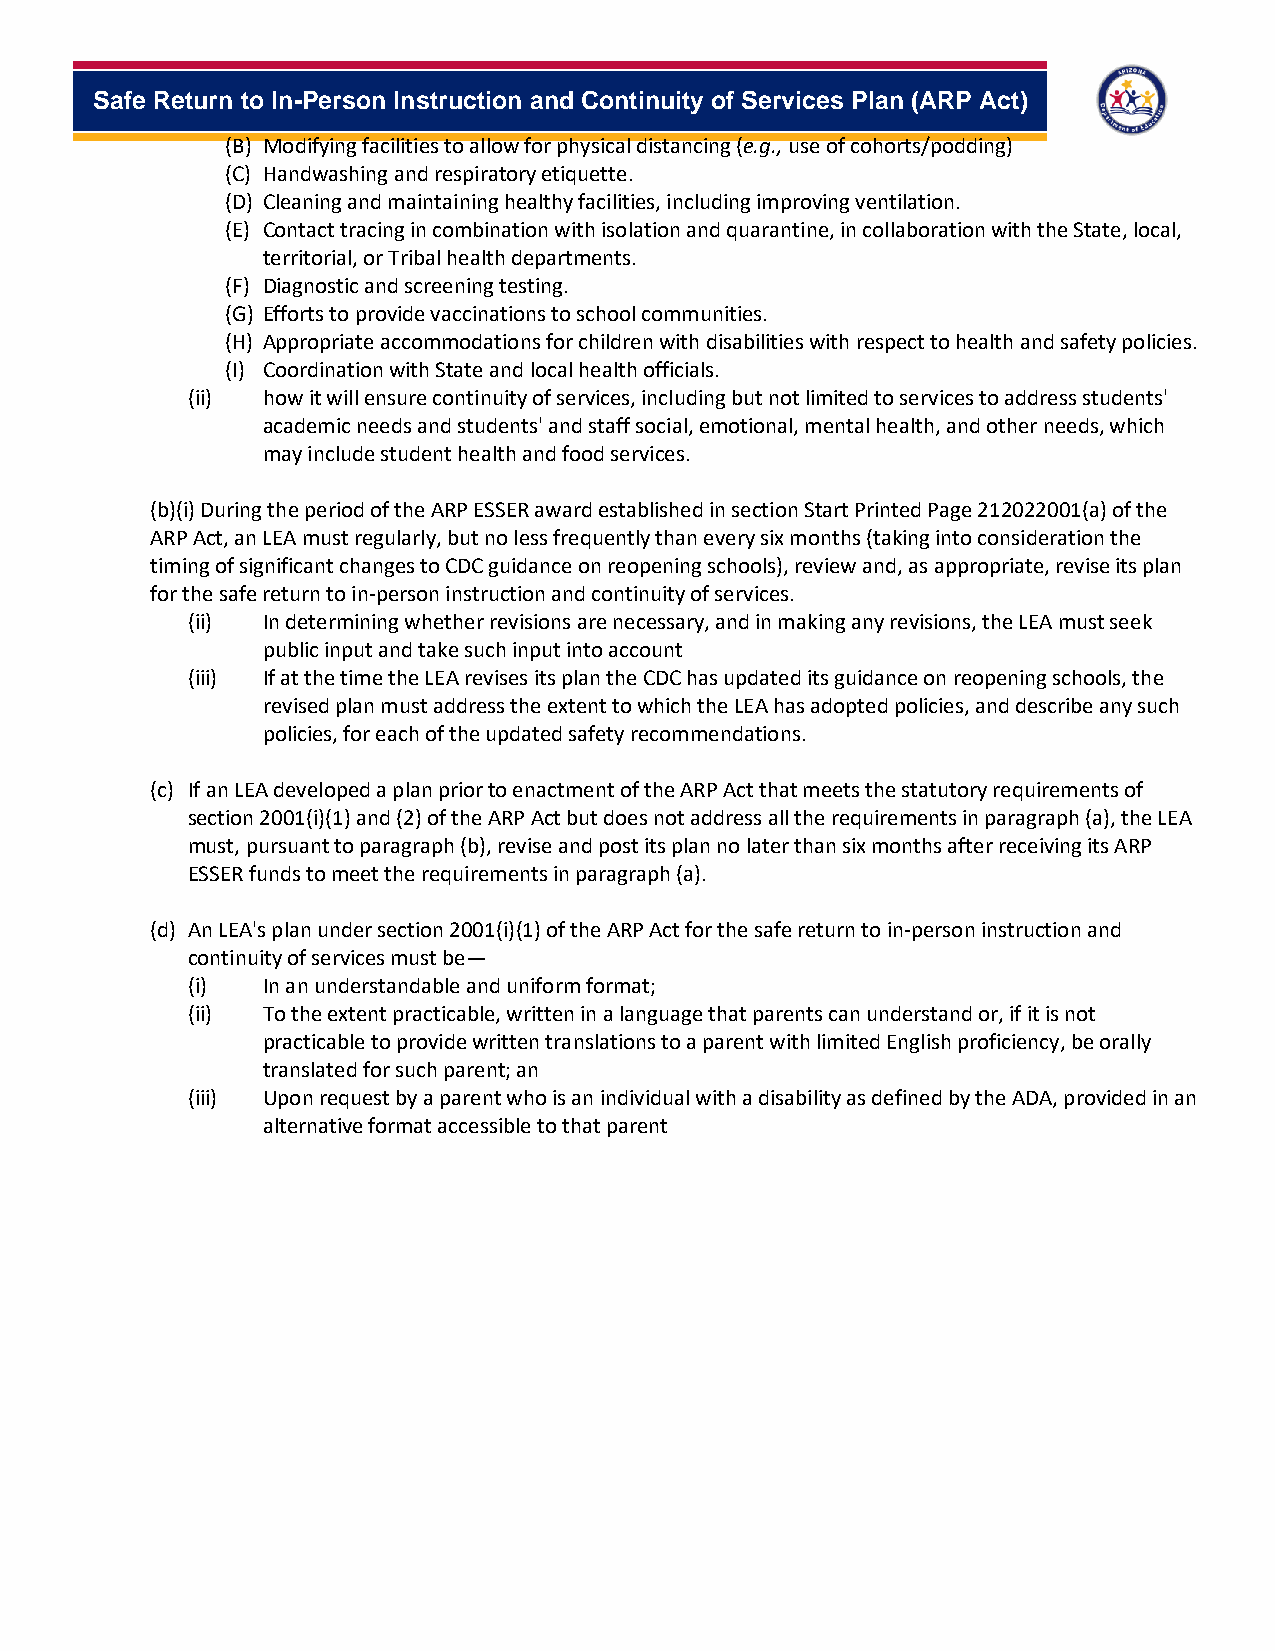
-
 Safe Return to In-Person Instruction and Continuity of Services Plan (ARP Act)
 (B) Modifying facilities to allow for physical distancing (e.g., use of cohorts/podding)
 (C) Handwashing and respiratory etiquette.
 (D) Cleaning and maintaining healthy facilities, including improving ventilation.
 (E) Contact tracing in combination with isolation and quarantine, in collaboration with the State, local,
 territorial, or Tribal health departments.
 (F) Diagnostic and screening testing.
 (G) Efforts to provide vaccinations to school communities.
 (H) Appropriate accommodations for children with disabilities with respect to health and safety policies.
 (I) Coordination with State and local health officials.
 (ii) how it will ensure continuity of services, including but not limited to services to address students'
 academic needs and students' and staff social, emotional, mental health, and other needs, which
 may include student health and food services.
 (b)(i) During the period of the ARP ESSER award established in section Start Printed Page 212022001(a) of the
 ARP Act, an LEA must regularly, but no less frequently than every six months (taking into consideration the
 timing of significant changes to CDC guidance on reopening schools), review and, as appropriate, revise its plan
 for the safe return to in-person instruction and continuity of services.
 (ii) In determining whether revisions are necessary, and in making any revisions, the LEA must seek
 public input and take such input into account
 (iii) If at the time the LEA revises its plan the CDC has updated its guidance on reopening schools, the
 revised plan must address the extent to which the LEA has adopted policies, and describe any such
 policies, for each of the updated safety recommendations.
 (c) If an LEA developed a plan prior to enactment of the ARP Act that meets the statutory requirements of
 section 2001(i)(1) and (2) of the ARP Act but does not address all the requirements in paragraph (a), the LEA
 must, pursuant to paragraph (b), revise and post its plan no later than six months after receiving its ARP
 ESSER funds to meet the requirements in paragraph (a).
 (d) An LEA's plan under section 2001(i)(1) of the ARP Act for the safe return to in-person instruction and
 continuity of services must be—
 (i)  In an understandable and uniform format;
 (ii) To the extent practicable, written in a language that parents can understand or, if it is not
 practicable to provide written translations to a parent with limited English proficiency, be orally
 translated for such parent; an
 (iii) Upon request by a parent who is an individual with a disability as defined by the ADA, provided in an
 alternative format accessible to that parent